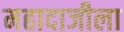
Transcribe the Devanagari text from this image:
महादाजीला